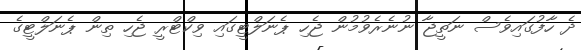
ދެ ހާފުގައިވެސް ނަތީޖާ ނުނެރެވުމުން ޖެހި ޕެނަލްޓީގައި ވިކްޓްރީ ޖެހި ތިން ޕެނަލްޓީގެ